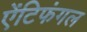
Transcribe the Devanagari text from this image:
ऐंटिफंगल